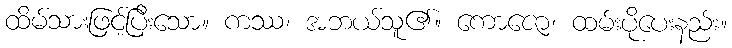
ထိမ်သားဖြင့်ပြီးသော။ ကဿ၊ အဘယ်သူ၏။ ကောဇော၊ ထမ်းပိုပေးနည်း။